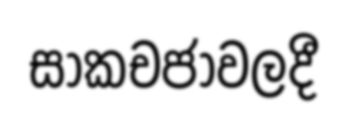
සාකචජාවලදී